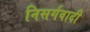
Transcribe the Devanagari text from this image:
निसर्गवादी